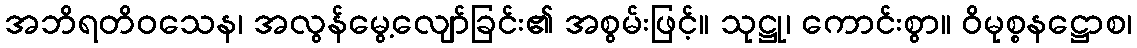
အဘိရတိဝသေန၊ အလွန်မွေ့လျော်ခြင်း၏ အစွမ်းဖြင့်။ သုဋ္ဌု၊ ကောင်းစွာ။ ဝိမုစ္စနဋ္ဌောစ၊